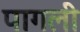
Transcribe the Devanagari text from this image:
पागली